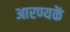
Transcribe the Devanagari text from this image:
आरण्यकें